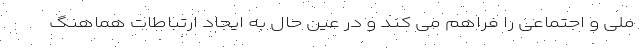
ملی و اجتماعی را فراهم می کند و در عین حال به ایجاد ارتباطات هماهنگ